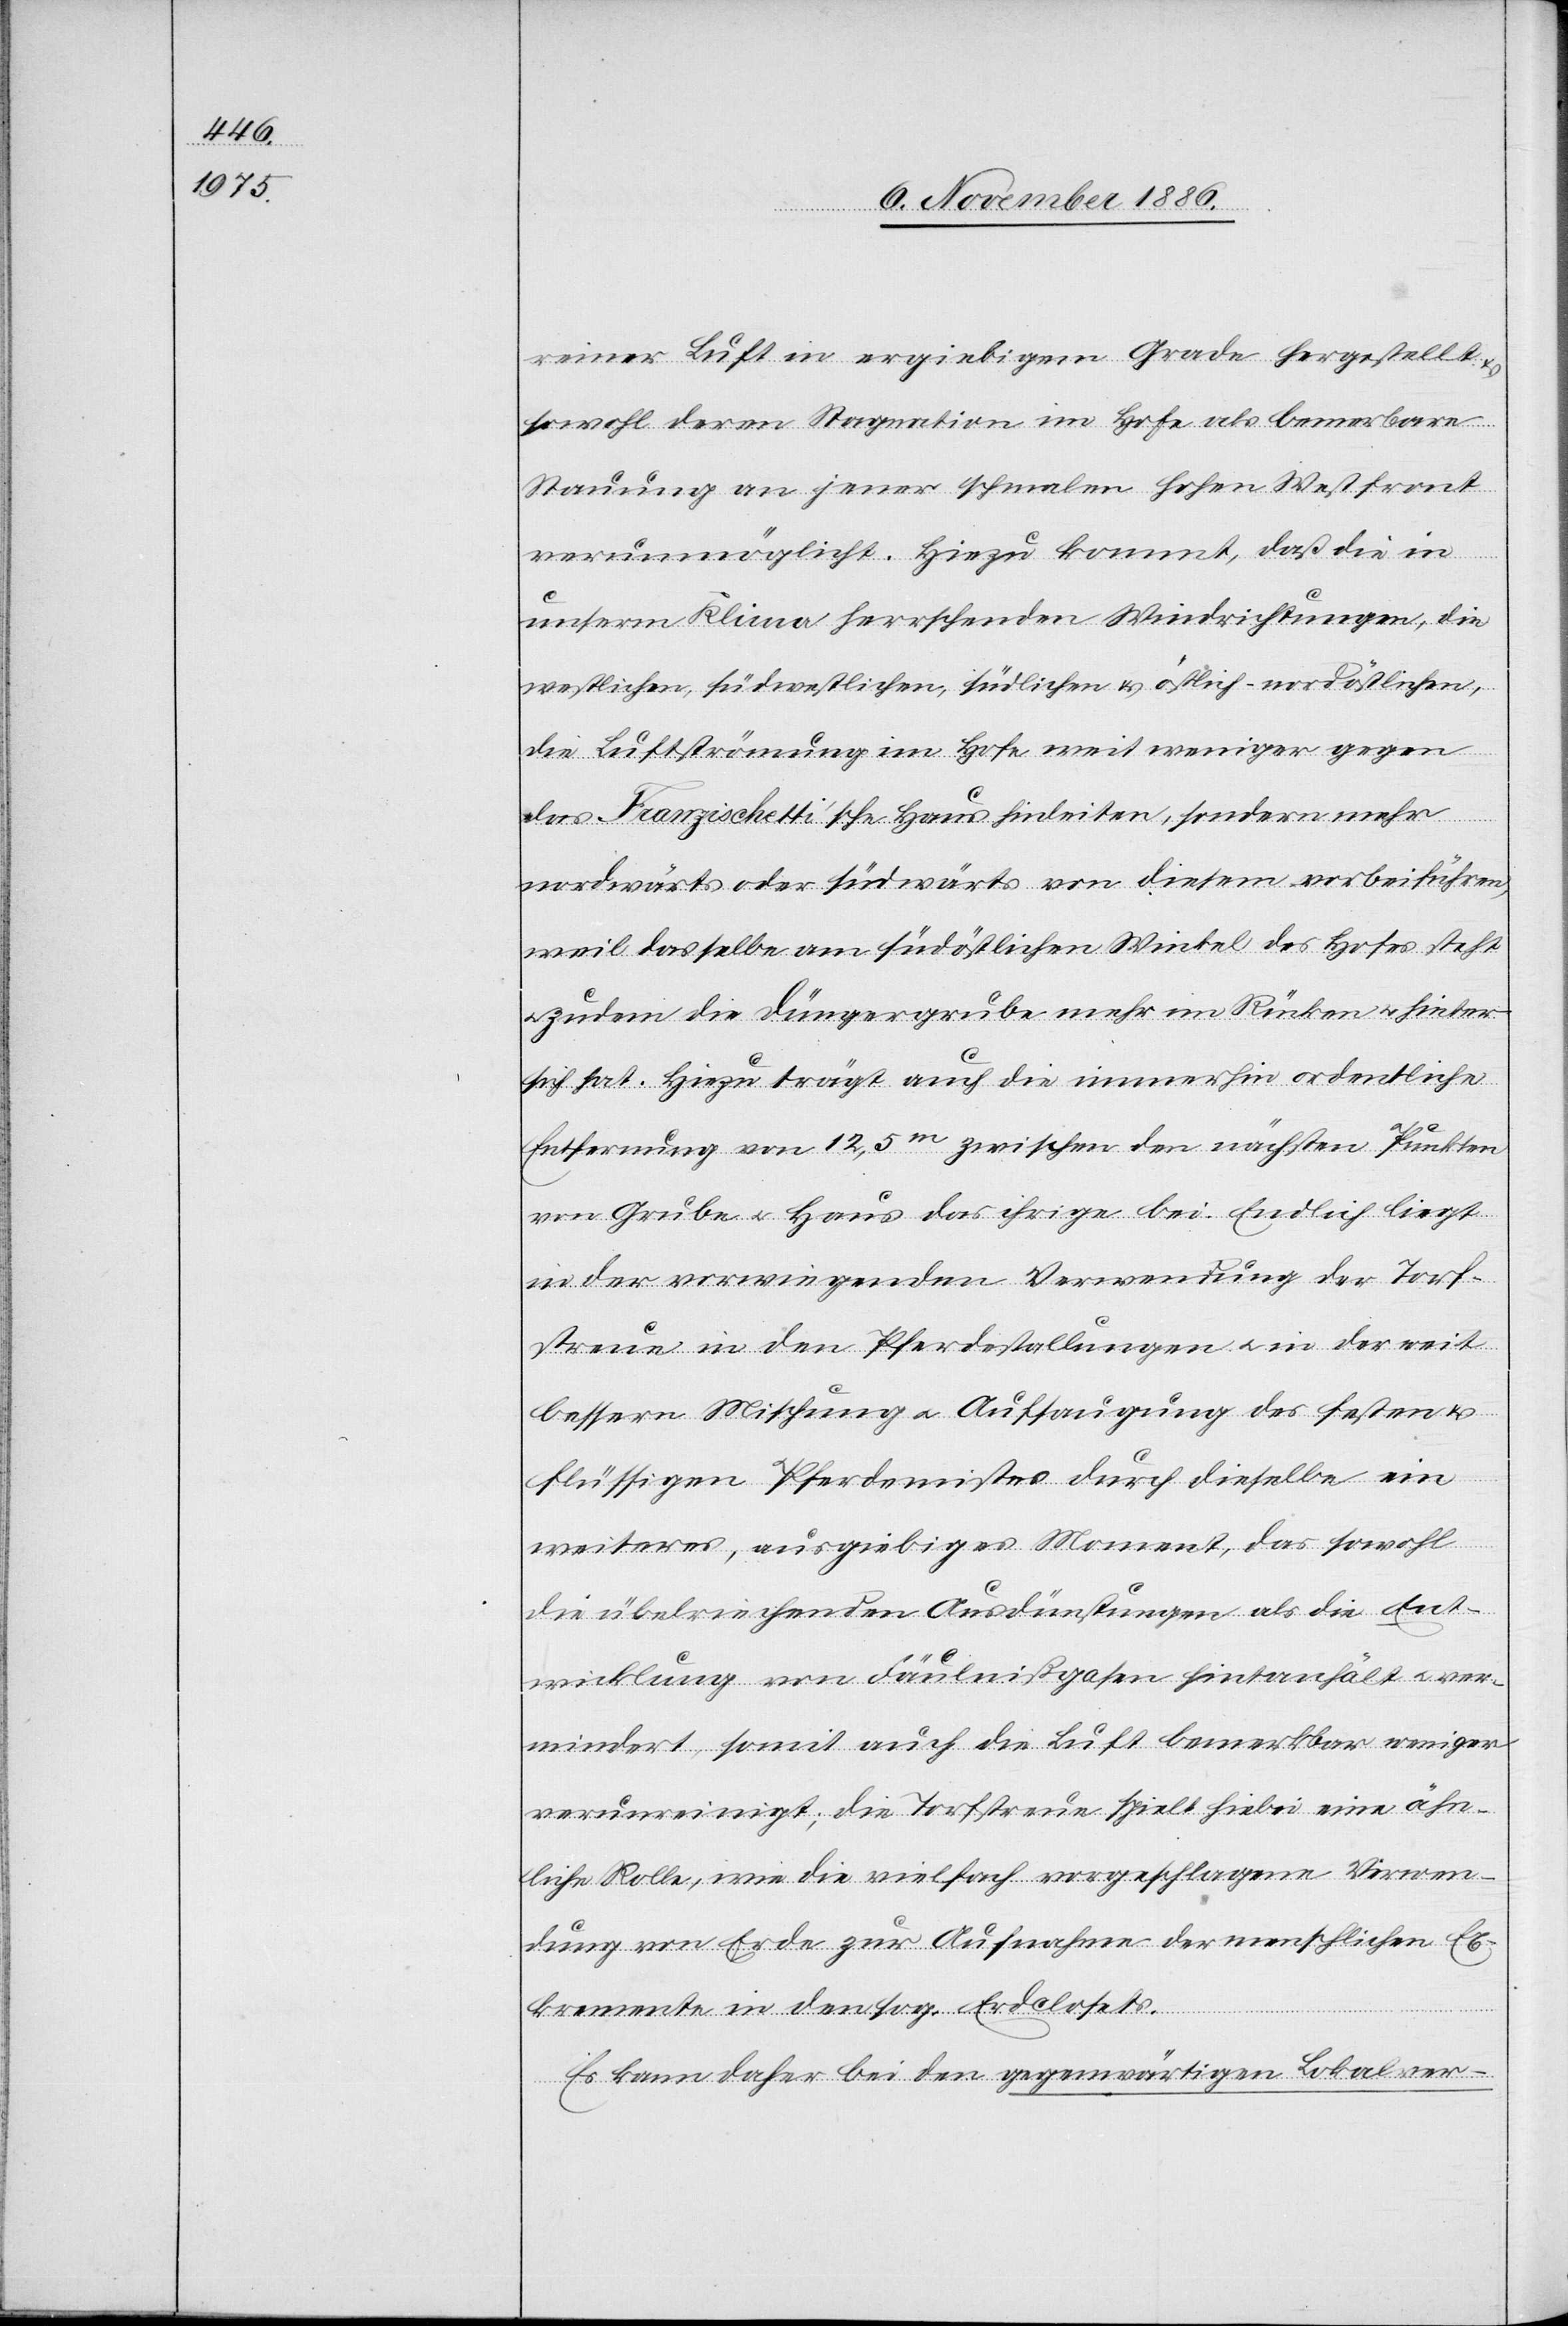
reiner Luft in ergiebigem Grade hergestellt
sowohl deren Stagnation im Hofe als bemer[k]bare
Stauung an jener schmalen hohen Westfront
verunmöglicht. Hinzu kommt, daß die in
unserm Klima herrschenden Windrichtungen, die
westlichen, südwestlichen, südlichen & östlich-nordöstlichen,
die Luftströmung im Hofe weit weniger gegen
das Franzischetti’sche Haus hinleiten, sondern mehr
nordwärts oder südwärts von diesem vorbeiführen,
weil dasselbe am südöstlichen Winkel des Hofes steht
zudem die Düngergrube mehr im Rücken & hinter
sich hat. Hiezu trägt auch die immerhin ordentliche
Entfernung von 12,5m zwischen den nächsten Punkten
von Gruben & Haus das ihrige bei. Endlich liegt
in der vorwiegenden Verwendung der Torf¬
streue in den Pferdestallungen & in der weit
bessern Mischung & Aufsaugung des festen &
flüssigen Pferdemistes durch dieselbe ein
weiteres, ausgiebiges Moment, das sowohl
die übelriechenden Ausdünstungen als die Ent¬
wicklung von Fäulnißgasen hintanhält & ver¬
mindert, somit auch die Luft bemerkbar weniger
verunreinigt; die Torfstreue spielt hiebei eine ähn¬
liche Rolle, wie die vielfach vorgeschlagene Verwen¬
dung von Erde zur Aufnahme der menschlichen Ex¬
kremente in den sog. Erdclosets.
Es kann daher bei den gegenwärtigen Lokalver-